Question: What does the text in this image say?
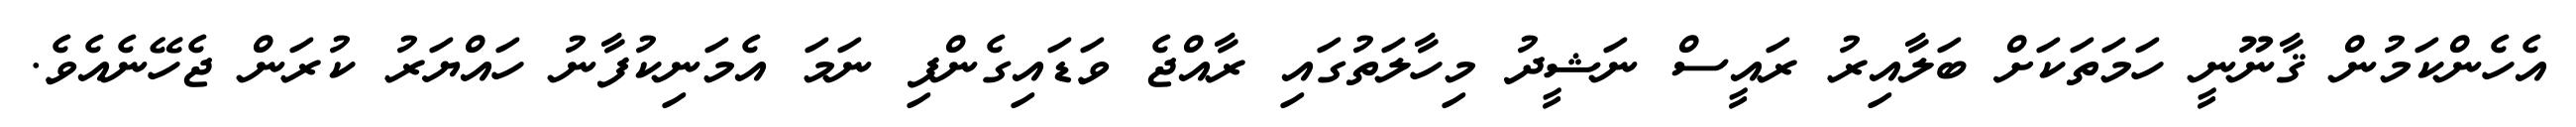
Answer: އެހެންކަމުން ޤާނޫނީ ހަމަތަކަށް ބަލާއިރު ރައީސް ނަޝީދު މިހާލަތުގައި ރާއްޖެ ވަޑައިގެންފި ނަމަ އެމަނިކުފާނު ހައްޔަރު ކުރަން ޖެހޭނެއެވެ.